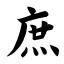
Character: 庶